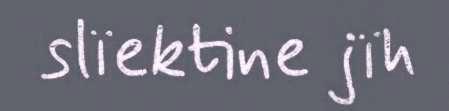
slïektine jïh